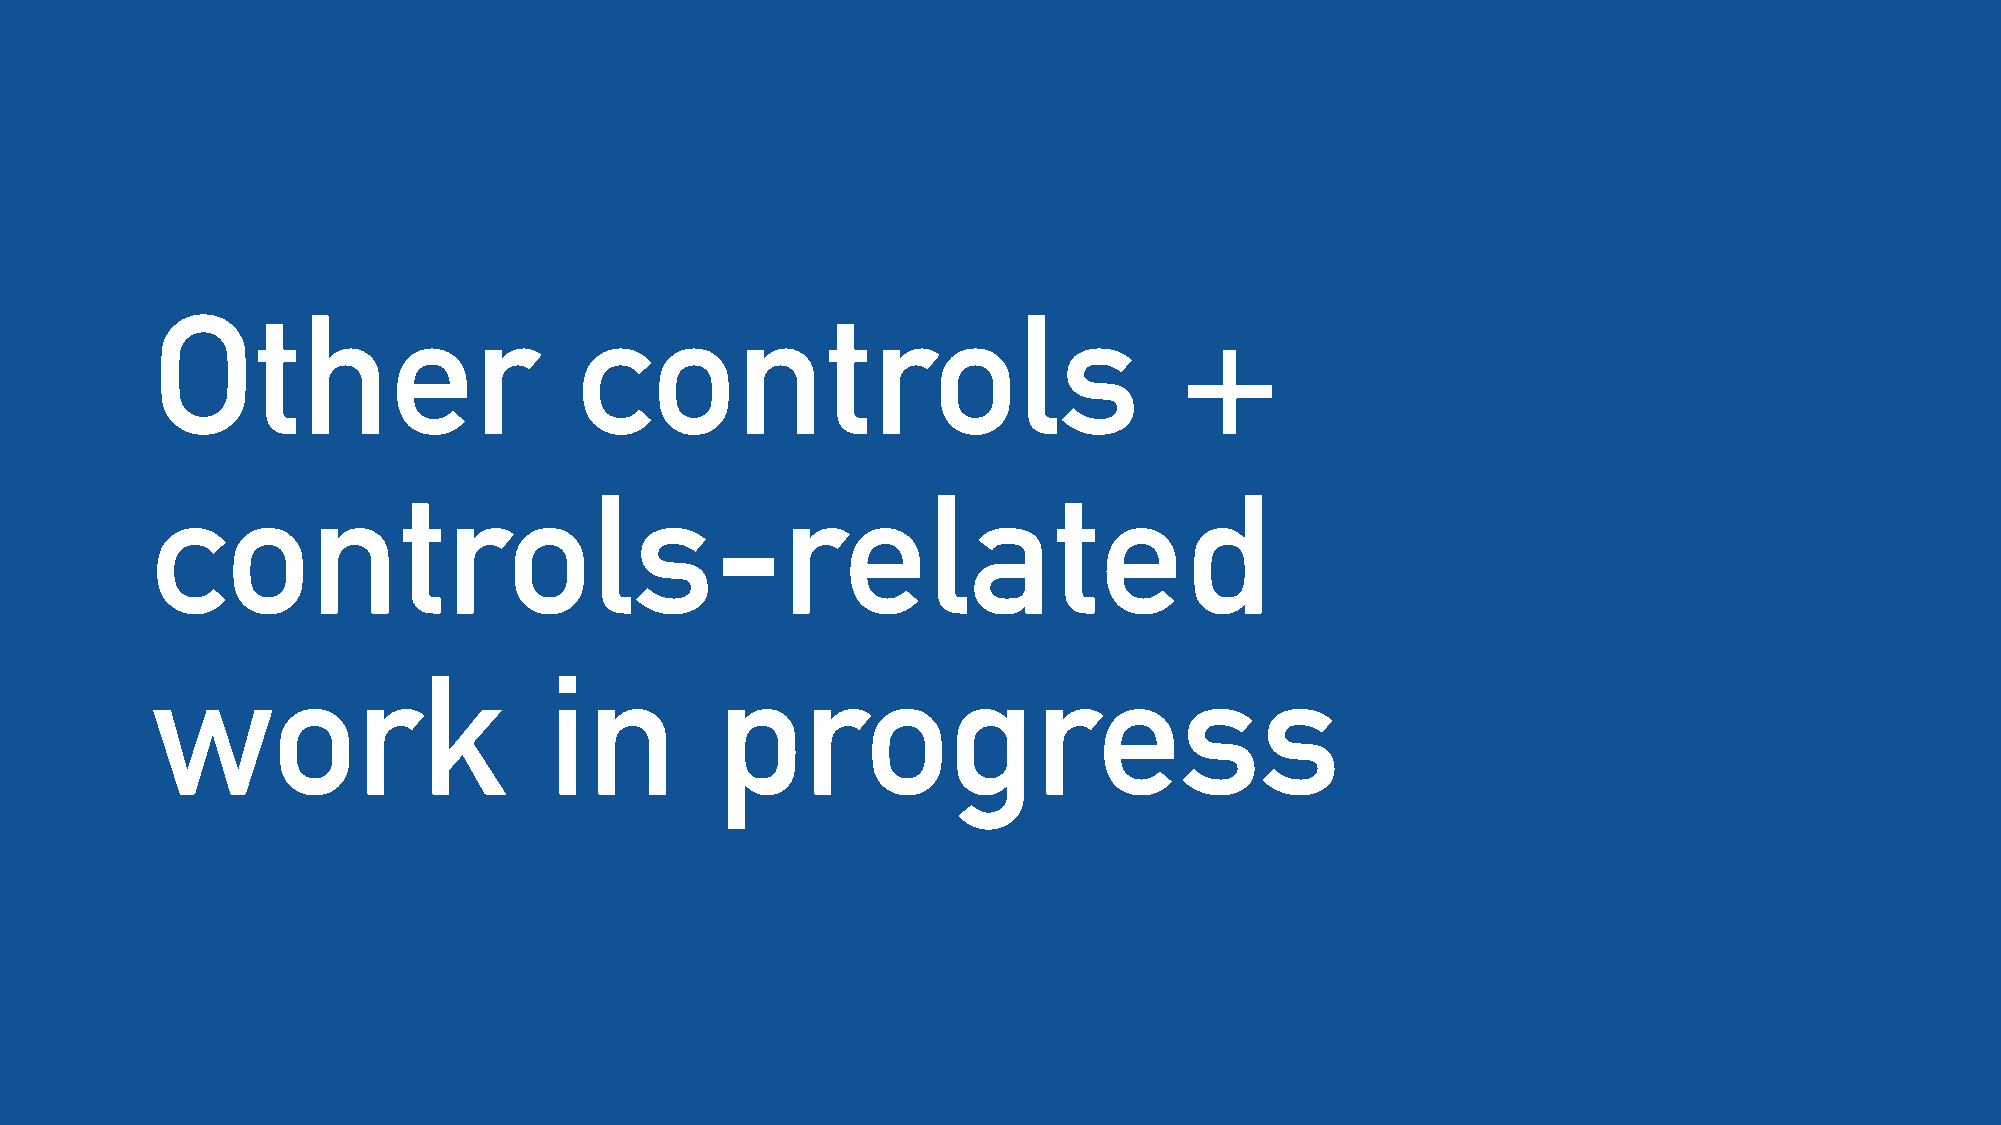
Other                       controls                                +
 controls-related
 work                      in         progress